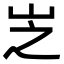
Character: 㞫